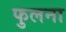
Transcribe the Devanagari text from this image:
फुलना